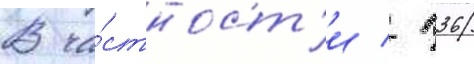
В ча́стност'и / п36